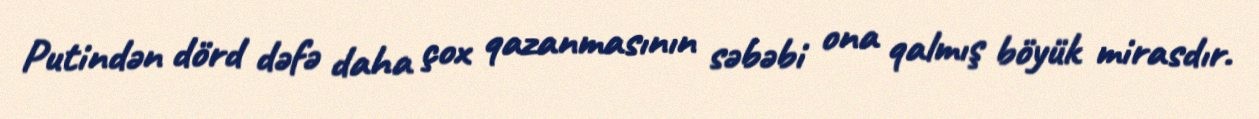
Putindən dörd dəfə daha çox qazanmasının səbəbi ona qalmış böyük mirasdır.